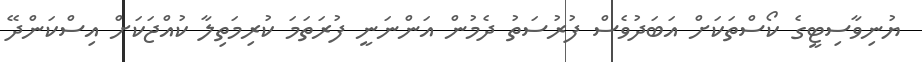
ޔުނިވާސިޓީގެ ކޯސްތަކަށް އަބަދުވެސް ފުރުސަތު ދެމުން އަންނަނީ ފުރަތަމަ ކުރިމަތިލާ ކުއްޖަކަށް އިސްކަންދޭ